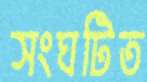
সংঘটিত